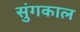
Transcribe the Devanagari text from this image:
सुंगकाल